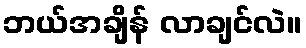
ဘယ်အချိန် လာချင်လဲ။